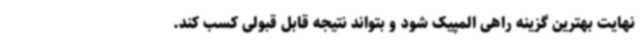
نهایت بهترین گزینه راهی المپیک شود و بتواند نتیجه قابل قبولی کسب کند.